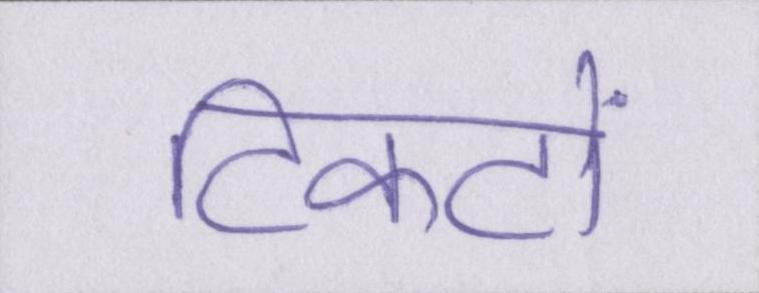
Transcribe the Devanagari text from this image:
टिकटों